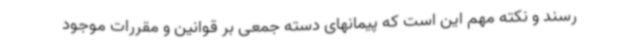
رسند و نکته مهم این است که پیمانهای دسته جمعی بر قوانین و مقررات موجود